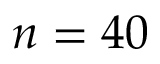
n = 4 0